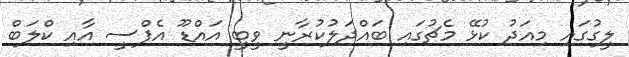
ލީގުގައި މިއަދު ކުޅޭ މެޗުގައި ބައްދަލުކުރާނީ ވީބީ އައްޑޫ އެފްސީ އާއި ކްލަބް